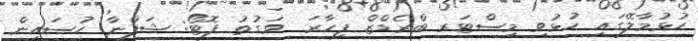
ހުޅުމާލޭގައި ހުޅުވި މިސްޓަރ ބްރެޑްޒް ފިހާރަ  ވަގުތު ފޮޓޯ: ޝަފްނާ ހުސައިން